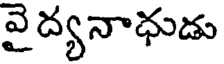
వైద్యనాధుడు